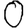
Digit: 0